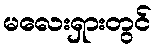
မလေးရှားတွင်